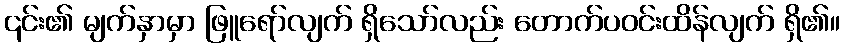
၎င်း၏ မျက်နှာမှာ ဖြူရော်လျက် ရှိသော်လည်း တောက်ပဝင်းထိန်လျက် ရှိ၏။